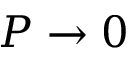
P \rightarrow 0